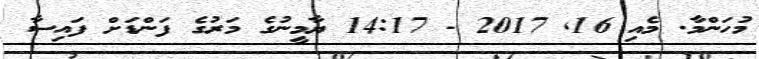
މުހަންމާ. މެއި 16